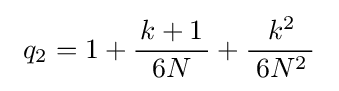
~q_{2}=1+{\frac {\,k+1\,}{\,6N\,}}+{\frac {\;k^{2}\,}{\;6N^{2}\,}}~